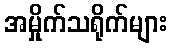
အမှိုက်သရိုက်များ